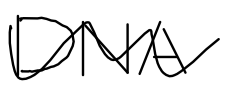
Text: DNA
Cross-out: mix
Writing tool: digital_black